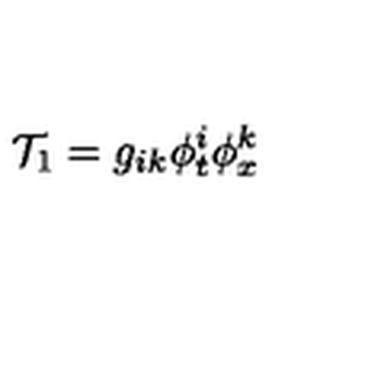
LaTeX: { \cal T } _ { 1 } = g _ { i k } \phi _ { t } ^ { i } \phi _ { x } ^ { k }